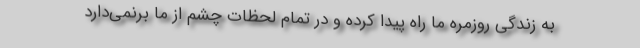
به زندگی روزمره ما راه پیدا کرده و در تمام لحظات چشم از ما برنمی‌دارد